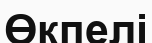
Өкпелі